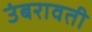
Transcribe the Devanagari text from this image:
उंबरावती